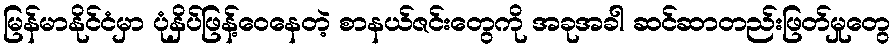
မြန်မာနိုင်ငံမှာ ပုံနှိပ်ဖြန့်ဝေနေတဲ့ စာနယ်ဇင်းတွေကို အခုအခါ ဆင်ဆာတည်းဖြတ်မှုတွေ